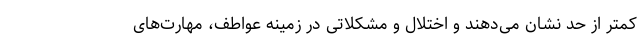
کمتر از حد نشان می‌دهند و اختلال و مشکلاتی در زمینه عواطف، مهارت‌های